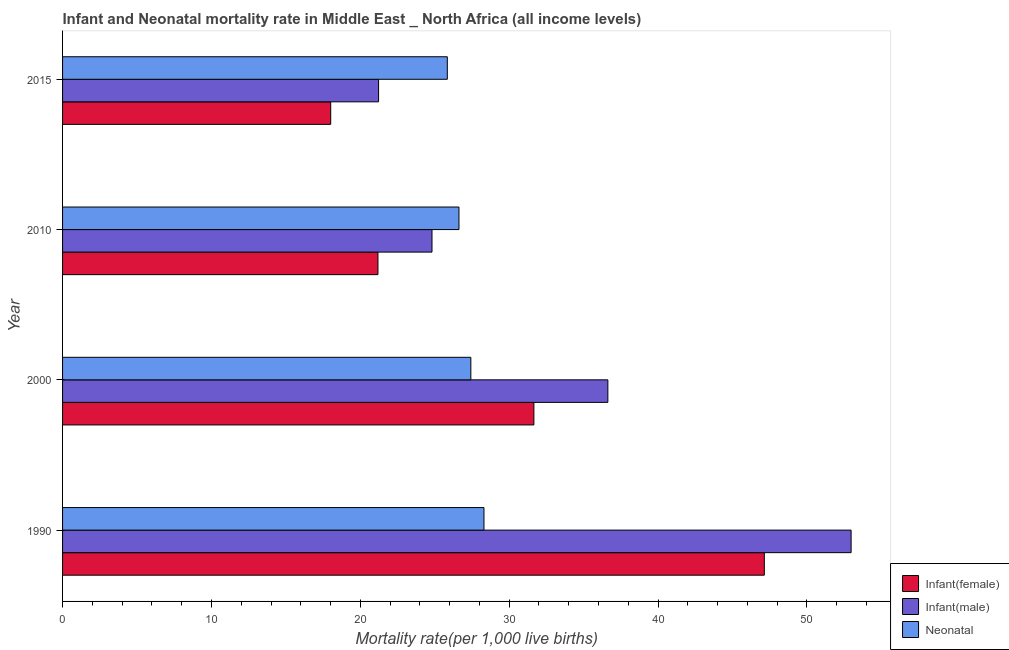
| Year | Infant(female) | Infant(male) | Neonatal  |
 | --- | --- | --- | --- |
 | 1990 | 47.1 | 53 | 28.3 |
 | 2000 | 31.7 | 36.6 | 27.4 |
 | 2010 | 21.2 | 24.8 | 26.6 |
 | 2015 | 18 | 21.2 | 25.8 |